Indian journal of veterinary science and animal husbandry - Volume 11,
Year: 1941
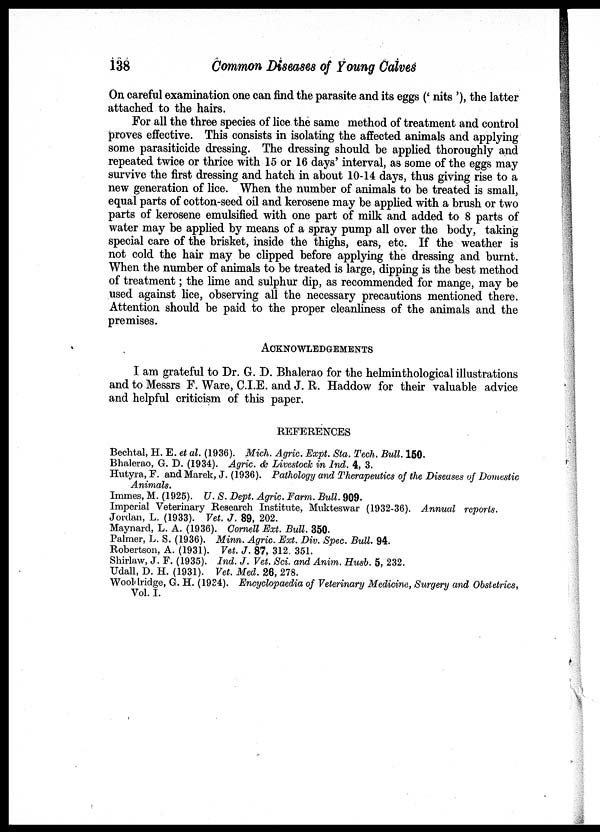
138
Common Diseases of Young Calves
On careful examination one can find the parasite and its eggs (' nits '),the latter
attached to the hairs.
For all the three species of lice the same method of treatment and control
proves effective. This consists in isolating the affected animals and applying
some parasiticide dressing. The dressing should be applied thoroughly and
repeated twice or thrice with 15 or 16 days' interval, as some of the eggs may
survive the first dressing and hatch in about 10-14 days, thus giving rise to a
new generation of lice. When the number of animals to be treated is small,
equal parts of cotton-seed oil and kerosene may be applied with a brush or two
parts of kerosene emulsified with one part of milk and added to 8 parts of
water may be applied by means of a spray pump all over the body, taking
special care of the brisket, inside the thighs, ears, etc. If the weather is
not cold the hair may be clipped before applying the dressing and burnt.
When the number of animals to be treated is large, dipping is the best method
of treatment; the lime and sulphur dip, as recommended for mange, may be
used against lice, observing all the necessary precautions mentioned there.
Attention should be paid to the proper cleanliness of the animals and the
premises.
ACKNOWLEDGEMENTS
I am grateful to Dr. G. D. Bhalerao for the helminthological illustrations
and to Messrs F. Ware, C.I.E. and J. R. Haddow for their valuable advice
and helpful criticism of this paper.
REFERENCES
Bechtal, H. E. et al. (1936). Mich. Agric. Expt. Sta. Tech. Bull. 150.
Bhalerao, G. D. (1934). Agric. & Livestock in Ind. 4, 3.
Hutyra, F. and Marek, J. (1936). Pathology and Therapeutics of the Diseases of Domestic
Animals.
Immes, M. (1925). U. S. Dept. Agric. Farm. Bull. 909.
Imperial Veterinary Research Institute, Mukteswar (1932-36). Annual reports.
Jordan, L. (1933). Vet. J. 89, 202.
Maynard, L. A. (1936). Cornell Ext. Bull. 350.
Palmer, L. S. (1936). Minn. Agric. Ext. Div. Spec. Bull. 94.
Robertson, A. (1931). Vet. J. 87, 312. 351.
Shirlaw, J. F. (1935). Ind. J. Vet. Sci. and Anim. Husb. 5, 232.
Udall, D. H. (1931). Vet. Med. 26, 278.
Wooldridge, G. H. (1934). Encyclopaedia of Veterinary Medicine, Surgery and Obstetrics,
Vol. I.